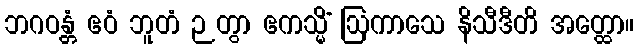
ဘဂဝန္တံ ဧဝံ ဘူတံ ဉတွာ ဧကသ္မိံ ဩကာသေ နိသီဒီတိ အတ္ထော။